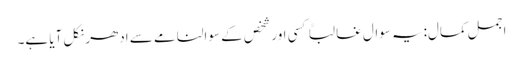
اجمل کمال:یہ سوال غالباً کسی اور شخص کے سوالنامے سے اِدھر نکل آیا ہے۔